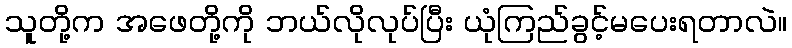
သူတို့က အဖေတို့ကို ဘယ်လိုလုပ်ပြီး ယုံကြည်ခွင့်မပေးရတာလဲ။